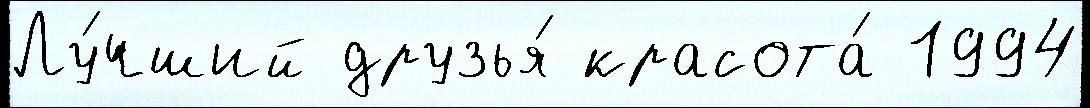
Лу́чший друзья́ красота́ 1994